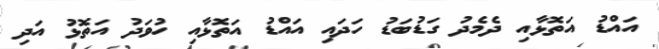
އައްޑު އަތޮޅާއި ދެމެދު ގަޑުބަޑު ހަދައި އައްޑު އަތޮޅާއި ހުވަދު އަތޮޅު އަދި